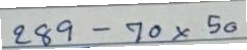
289 - 70x50